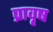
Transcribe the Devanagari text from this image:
प्रावृष